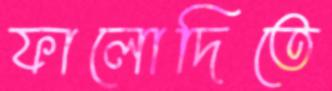
ফালোদিতে